Scottish Leaving Certificate Examination, 1954
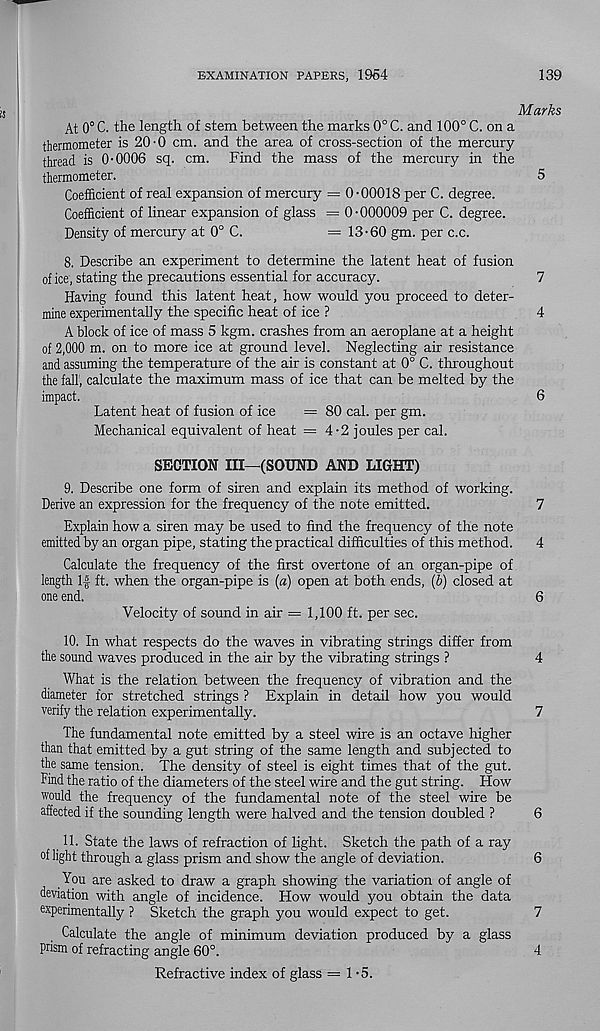
EXAMINATION PAPERS, 1964
139
Marks
At 0° C. the length of stem between the marks 0° C. and 100° C. on a
thermometer is 20-0 cm. and the area of cross-section of the mercury
thread is 0-0006 sq. cm. Find the mass of the mercury in the
thermometer.
5
Coefficient of real expansion of mercury = 0-00018 per C. degree.
Coefficient of linear expansion of glass = 0-000009 per C. degree.
Density of mercury at 0° C.
= 13-60 gm. per c.c.
8. Describe an experiment to determine the latent heat of fusion
of ice, stating the precautions essential for accuracy.
7
Having found this latent heat, how would you proceed to deter-
mine experimentally the specific heat of ice ?
4
A block of ice of mass 5 kgm. crashes from an aeroplane at a height
of 2,000 m. on to more ice at ground level. Neglecting air resistance
and assuming the temperature of the air is constant at 0° C. throughout
the fall 1 , calculate the maximum mass of ice that can be melted by the
impact.
6
Latent heat of fusion of ice
= 80 cal. per gm.
Mechanical equivalent of heat =4-2 joules per cal.
SECTION III—(SOUND AND LIGHT)
9. Describe one form of siren and explain its method of working.
Derive an expression for the frequency of the note emitted.
7
Explain how a siren may be used to find the frequency of the note
emitted by an organ pipe, stating the practical difficulties of this method. 4
Calculate the frequency of the first overtone of an organ-pipe of
length If ft. when the organ-pipe is {a) open at both ends, (&) closed at
one end.
6
Velocity of sound in air = 1,100 ft. per sec.
10. In what respects do the waves in vibrating strings differ from
the sound waves produced in the air by the vibrating strings ?
4
What is the relation between the frequency of vibration and the
diameter for stretched strings ? Explain in detail how you would
verify the relation experimentally.
7
The fundamental note emitted by a steel wire is an octave higher
than that emitted by a gut string of the same length and subjected to
the same tension. The density of steel is eight times that of the gut.
Find the ratio of the diameters of the steel wire and the gut string. How
would the frequency of the fundamental note of the steel wire be
affected if the sounding length were halved and the tension doubled ?
6
11. State the laws of refraction of light. Sketch the path of a ray
of light through a glass prism and show the angle of deviation.
6
You are asked to draw a graph showing the variation of angle of
deviation with angle of incidence. How would you obtain the data
experimentally ? Sketch the graph you would expect to get.
7
Calculate the angle of minimum deviation produced by a glass
prism of refracting angle 60°.
4
Refractive index of glass = 1- 5.